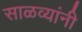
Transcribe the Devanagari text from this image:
साळव्यांनी